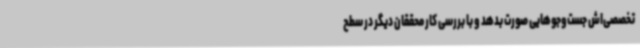
تخصصی‌اش جست‌وجوهایی صورت بدهد و با بررسی کار محققان دیگر در سطح